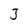
Character: J